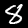
Label: 8